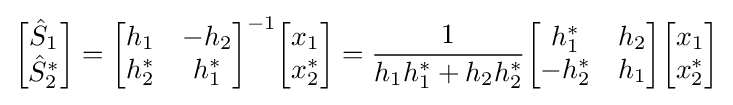
{\begin{bmatrix}{\hat {S}}_{1}\\{\hat {S}}_{2}^{*}\end{bmatrix}}={\begin{bmatrix}h_{1}&-h_{2}\\h_{2}^{*}&h_{1}^{*}\end{bmatrix}}^{-1}{\begin{bmatrix}x_{1}\\x_{2}^{*}\end{bmatrix}}={1 \over {h_{1}h_{1}^{*}+h_{2}h_{2}^{*}}}{\begin{bmatrix}h_{1}^{*}&h_{2}\\-h_{2}^{*}&h_{1}\end{bmatrix}}{\begin{bmatrix}x_{1}\\x_{2}^{*}\end{bmatrix}}